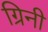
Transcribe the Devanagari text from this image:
ग्रिनी